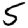
Digit: 5